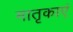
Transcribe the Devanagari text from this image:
मातृकाएं